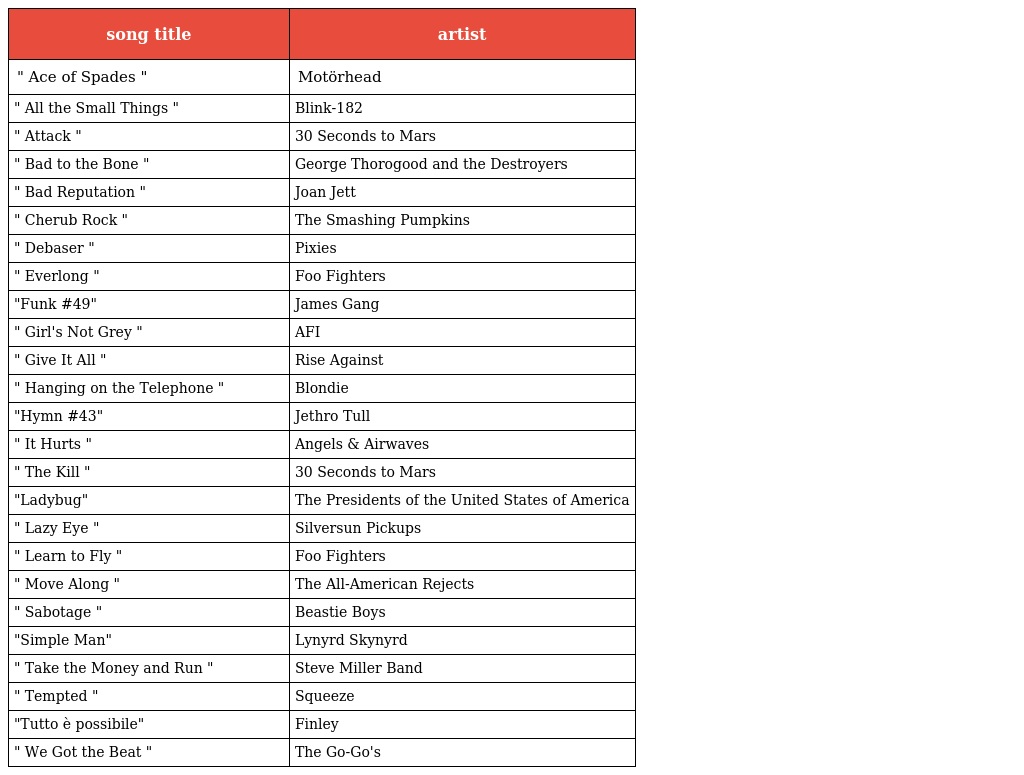
| song title | artist |
 | --- | --- |
 | " Ace of Spades " | Motörhead |
 | " All the Small Things " | Blink-182 |
 | " Attack " | 30 Seconds to Mars |
 | " Bad to the Bone " | George Thorogood and the Destroyers |
 | " Bad Reputation " | Joan Jett |
 | " Cherub Rock " | The Smashing Pumpkins |
 | " Debaser " | Pixies |
 | " Everlong " | Foo Fighters |
 | "Funk #49" | James Gang |
 | " Girl's Not Grey " | AFI |
 | " Give It All " | Rise Against |
 | " Hanging on the Telephone " | Blondie |
 | "Hymn #43" | Jethro Tull |
 | " It Hurts " | Angels & Airwaves |
 | " The Kill " | 30 Seconds to Mars |
 | "Ladybug" | The Presidents of the United States of America |
 | " Lazy Eye " | Silversun Pickups |
 | " Learn to Fly " | Foo Fighters |
 | " Move Along " | The All-American Rejects |
 | " Sabotage " | Beastie Boys |
 | "Simple Man" | Lynyrd Skynyrd |
 | " Take the Money and Run " | Steve Miller Band |
 | " Tempted " | Squeeze |
 | "Tutto è possibile" | Finley |
 | " We Got the Beat " | The Go-Go's |